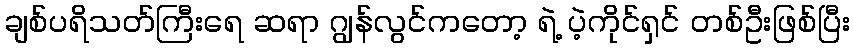
ချစ်ပရိသတ်ကြီးရေ ဆရာ ဂျွန်လွင်ကတော့ ရဲ့ ပဲ့ကိုင်ရှင် တစ်ဦးဖြစ်ပြီး